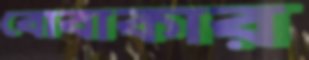
বোবাকার